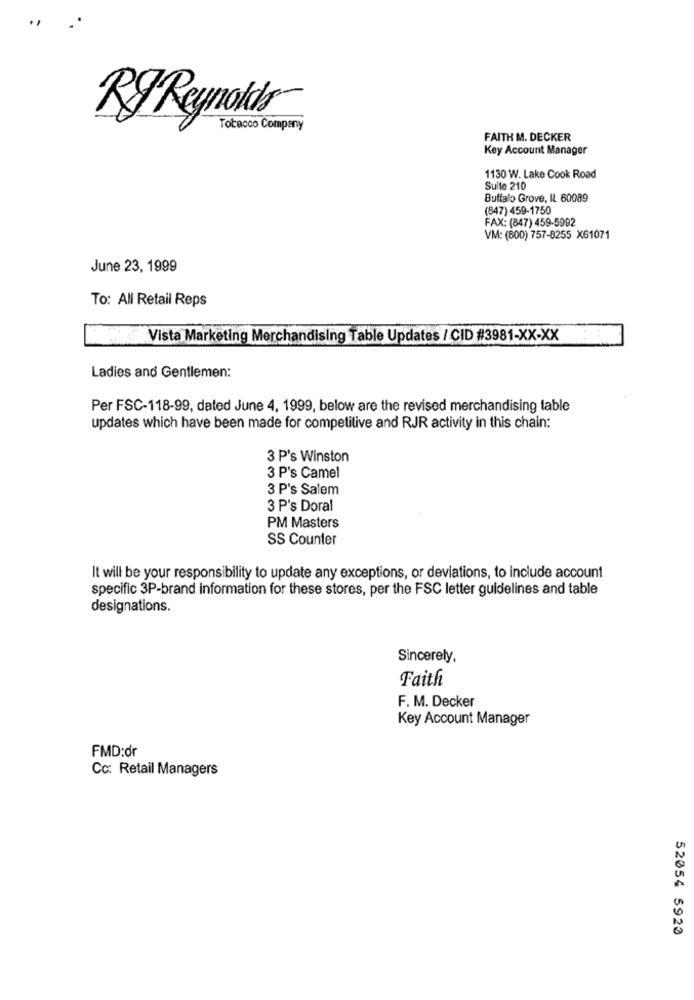
Ry Reynolds
Tobacco Company
FAITH M. DECKER
Key Account Manager
1130 W. Lake Cook Road
Suite 210
Buffalo Grove, IL 60089
(847) 459-1750
FAX: (847) 459-5992
VM: (800) 757-8255 X61071
June 23, 1999
To: All Retail Reps
Vista Marketing Merchandising Table Updates / CID #3981-XX-XX
Ladies and Gentlemen:
Per FSC-118-99, dated June 4, 1999, below are the revised merchandising table
updates which have been made for competitive and RJR activity in this chain:
3 P's Winston
3 P's Camel
3 P's Salem
3 P's Doral
PM Masters
SS Counter
It will be your responsibility to update any exceptions, or deviations, to include account
specific 3P-brand information for these stores, per the FSC letter guidelines and table
designations.
Sincerely,
Faith
F. M. Decker
Key Account Manager
FMD:dr
Cc: Retail Managers
52054 5920